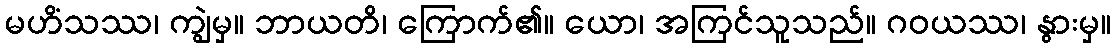
မဟိံသဿ၊ ကျွဲမှ။ ဘာယတိ၊ ကြောက်၏။ ယော၊ အကြင်သူသည်။ ဂဝယဿ၊ နွားမှ။